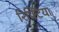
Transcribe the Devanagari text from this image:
रिफ्टिया